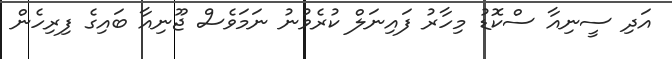
އަދި ސީނިއާ ސްކޮޑު މިހާރު ފައިނަލް ކުރެވުނު ނަމަވެސް ޖޫނިއާ ބައިގެ ފިރިހެން